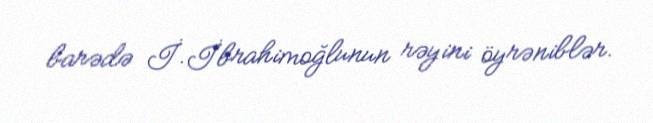
barədə İ.İbrahimoğlunun rəyini öyrəniblər.